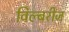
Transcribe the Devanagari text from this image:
विल्बरीज